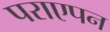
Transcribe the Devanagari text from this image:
पराएपन